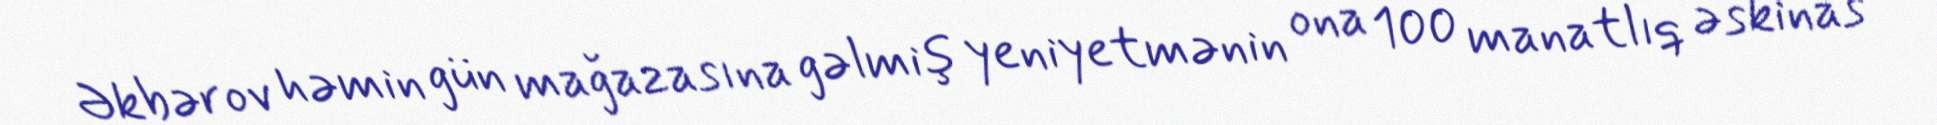
Əkbərov həmin gün mağazasına gəlmiş yeniyetmənin ona 100 manatlıq əskinas